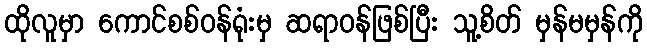
ထိုလူမှာ ကောင်စစ်ဝန်ရုံးမှ ဆရာဝန်ဖြစ်ပြီး သူ့စိတ် မှန်မမှန်ကို